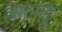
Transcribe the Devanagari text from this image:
रामनाडु